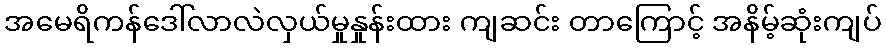
အမေရိကန်ဒေါ်လာလဲလှယ်မှုနှုန်းထား ကျဆင်း တာကြောင့် အနိမ့်ဆုံးကျပ်